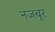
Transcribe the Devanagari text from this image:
नजबूर